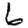
Digit: 6